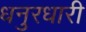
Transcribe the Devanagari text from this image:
धनुरधारी